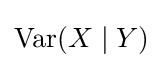
\operatorname {Var} (X\mid Y)